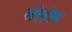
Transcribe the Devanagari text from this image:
लोटोम